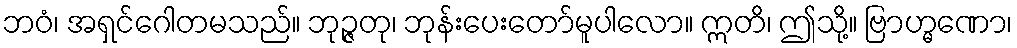
ဘဝံ၊ အရှင်ဂေါတမသည်။ ဘုဉ္ဇတု၊ ဘုန်းပေးတော်မူပါလော။ ဣတိ၊ ဤသို့။ ဗြာဟ္မဏော၊